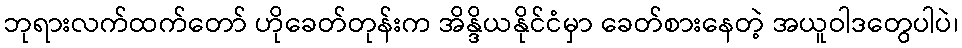
ဘုရားလက်ထက်တော် ဟိုခေတ်တုန်းက အိန္ဒိယနိုင်ငံမှာ ခေတ်စားနေတဲ့ အယူဝါဒတွေပါပဲ၊